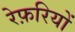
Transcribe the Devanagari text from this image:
रेफ़रियों